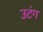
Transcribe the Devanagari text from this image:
उटंग